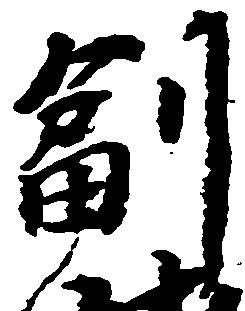
副